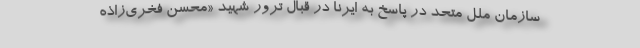
سازمان ملل متحد در پاسخ به ایرنا در قبال ترور شهید «محسن فخری‌زاذه